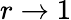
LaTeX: r\to 1